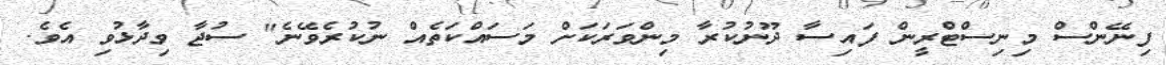
ފިނޭންސް މިނިސްޓްރީން ފައިސާ ދޫނުކުރާ މިންވަރަކަށް މަސައްކަތެއް ނުކުރެވޭނެ" ސުޖާ ވިދާޅުވި އެވެ.